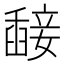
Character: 𥪵